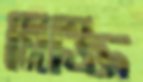
মিজ্জি